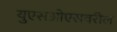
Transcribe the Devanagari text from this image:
युएसओएसवरील